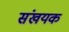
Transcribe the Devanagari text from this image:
संखयक